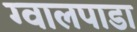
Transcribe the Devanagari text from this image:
ग्वालपाडा